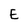
Character: E